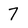
Character: 7